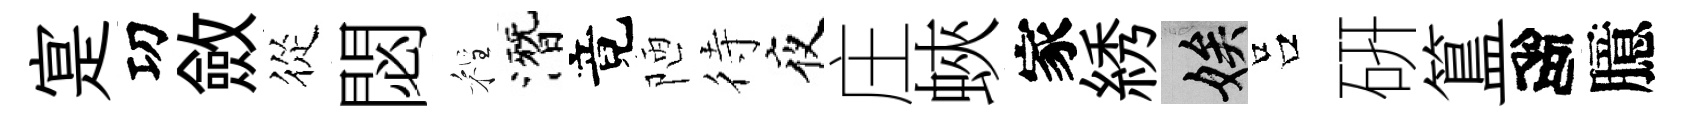
寔㓛斂從閟程潛竟陋待夜庄蛺家綉娭吕硏簋高臆